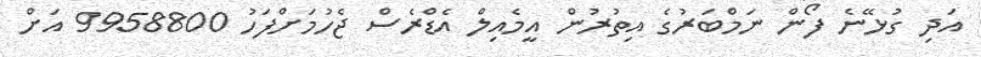
އަދި ގުޅޭނެ ފޯން ނަމްބަރުގެ އިތުރުން އީމެއިލް އެޑްރެސް ޖެހުމަށްފަހު 9958800 އަށް